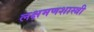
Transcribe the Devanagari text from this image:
लक्षमणशास्त्री